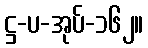
ဋ္ဌ-ပ-အုပ်-၁၆၂။